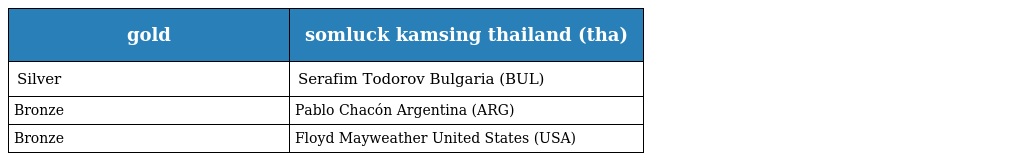
| gold | somluck kamsing thailand (tha) |
 | --- | --- |
 | Silver | Serafim Todorov Bulgaria (BUL) |
 | Bronze | Pablo Chacón Argentina (ARG) |
 | Bronze | Floyd Mayweather United States (USA) |